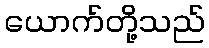
ယောက်တို့သည်